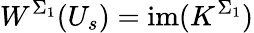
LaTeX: W^{\Sigma_{1}}(U_{s})=\mathrm{im}(K^{\Sigma_{1}})